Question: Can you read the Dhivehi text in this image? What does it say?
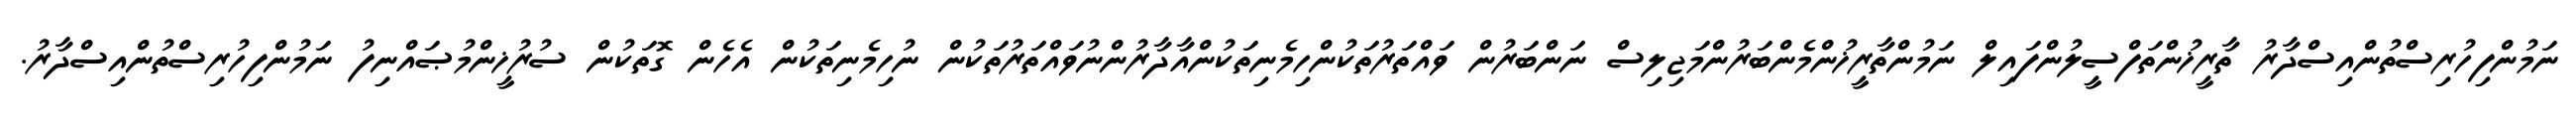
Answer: ނަމުންފިހުރިސްތުންއިސްދާރު ތާރީޚުންތަފްސީލުންފައިލް ނަމުންތާރީޚުންމެންބަރުންމަޖިލިސް ނަންބަރުން ވައްތަރުތަކުންހިމެނިތަކުންއާދާރުންނުވައްތަރުތަކުން ނުހިމެނިތަކުން އެހެން ގޮތަކުން ސުރުޚީންމުޞައްނިފު ނަމުންފިހުރިސްތުންއިސްދާރު.